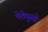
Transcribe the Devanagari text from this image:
पेठेपुरते